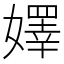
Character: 嬕